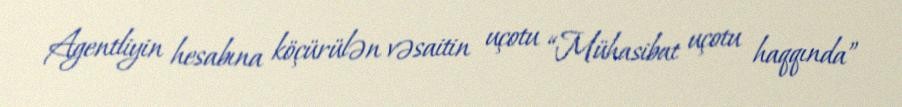
Agentliyin hesabına köçürülən vəsaitin uçotu “Mühasibat uçotu haqqında”